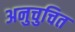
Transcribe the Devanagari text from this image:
अनुचुचित